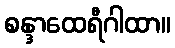
စန္ဒာထေရီဂါထာ။